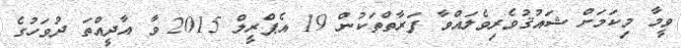
ވީމާ މިކަމަށް ޝައުޤުވެރިވެލައްވާ ފަރާތްތަކުން 19 އެޕްރީލް 2015 ވާ އާދީއްތަ ދުވަހުގެ